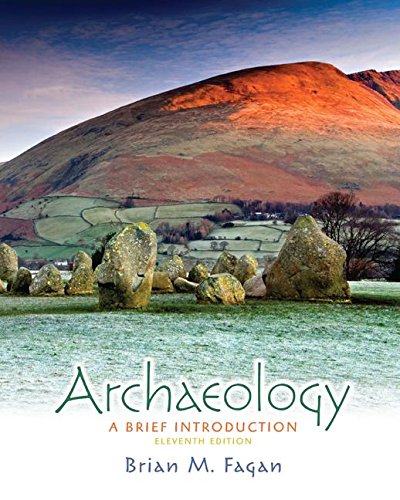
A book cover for Archaeology: A Brief Introduction; Brian M. Fagan; Science & Math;